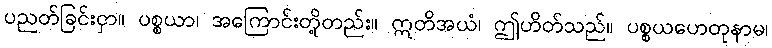
ပညတ်ခြင်းငှာ။ ပစ္စယာ၊ အကြောင်းတို့တည်း။ ဣတိအယံ၊ ဤဟိတ်သည်။ ပစ္စယဟေတုနာမ၊